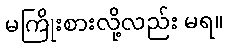
မကြိုးစားလို့လည်း မရ။